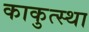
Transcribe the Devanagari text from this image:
काकुत्स्था